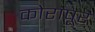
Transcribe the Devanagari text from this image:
कोरापूर